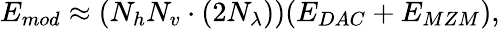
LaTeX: E_{mod}\approx(N_{h}N_{v}\cdot(2N_{\lambda}))(E_{DAC}+E_{MZM}),